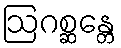
ဩဂစ္ဆန္တေ